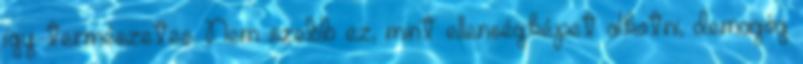
így természetes. Nem szebb ez, mint ellenségképet alkotni, demagóg